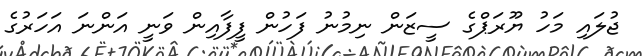
ޖުލައި މަހު ޔޫރަޕްގެ ސީޒަން ނިމުނު ފަހުން ފީފާއިން ވަނީ އަންނަ އަހަރުގެ